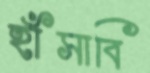
হাঁসাবি